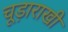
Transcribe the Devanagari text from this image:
चूड़ाराखी